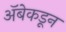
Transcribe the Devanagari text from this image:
अॅबेकडून